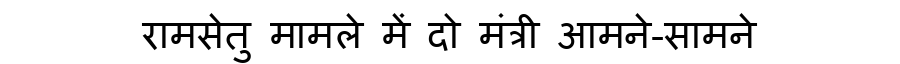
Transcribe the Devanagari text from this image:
रामसेतु मामले में दो मंत्री आमने-सामने